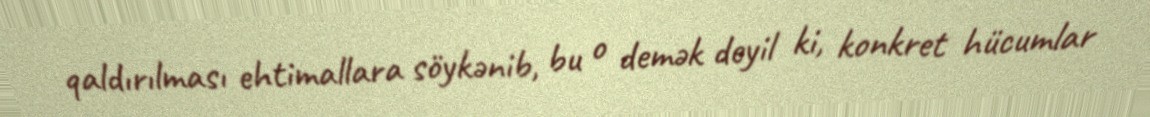
qaldırılması ehtimallara söykənib, bu o demək deyil ki, konkret hücumlar